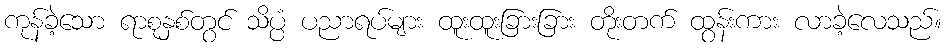
ကုန်ခဲ့သော ရာစုနှစ်တွင် သိပ္ပံ ပညာရပ်များ ထူးထူးခြားခြား တိုးတက် ထွန်းကား လာခဲ့လေသည်။